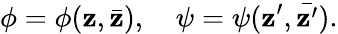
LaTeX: \phi=\phi(\mathbf{z},\bar{{\mathbf{z}}}),\quad\psi=\psi(\mathbf{z}^{\prime},\bar{{\mathbf{z}^{\prime}}}).